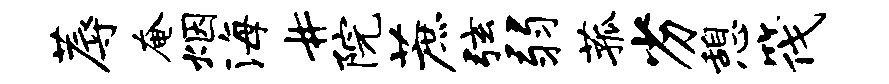
蓐奄烟海#院蔗弦弱菰劣憩筏